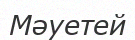
Мәуетей